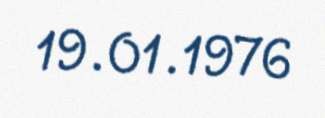
19.01.1976